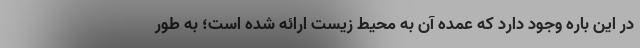
در این باره وجود دارد که عمده آن به محیط زیست ارائه شده است؛ به طور